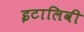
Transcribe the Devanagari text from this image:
इटालिवी